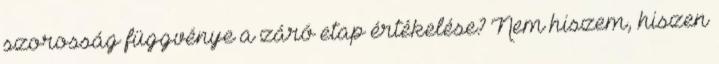
szorosság függvénye a záró etap értékelése? Nem hiszem, hiszen